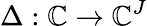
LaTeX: \Delta:\mathbb{C}\to\mathbb{C}^{J}